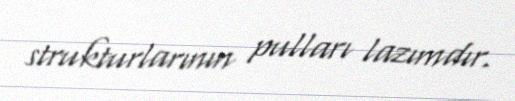
strukturlarının pulları lazımdır.